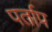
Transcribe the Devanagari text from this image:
पर्ताप